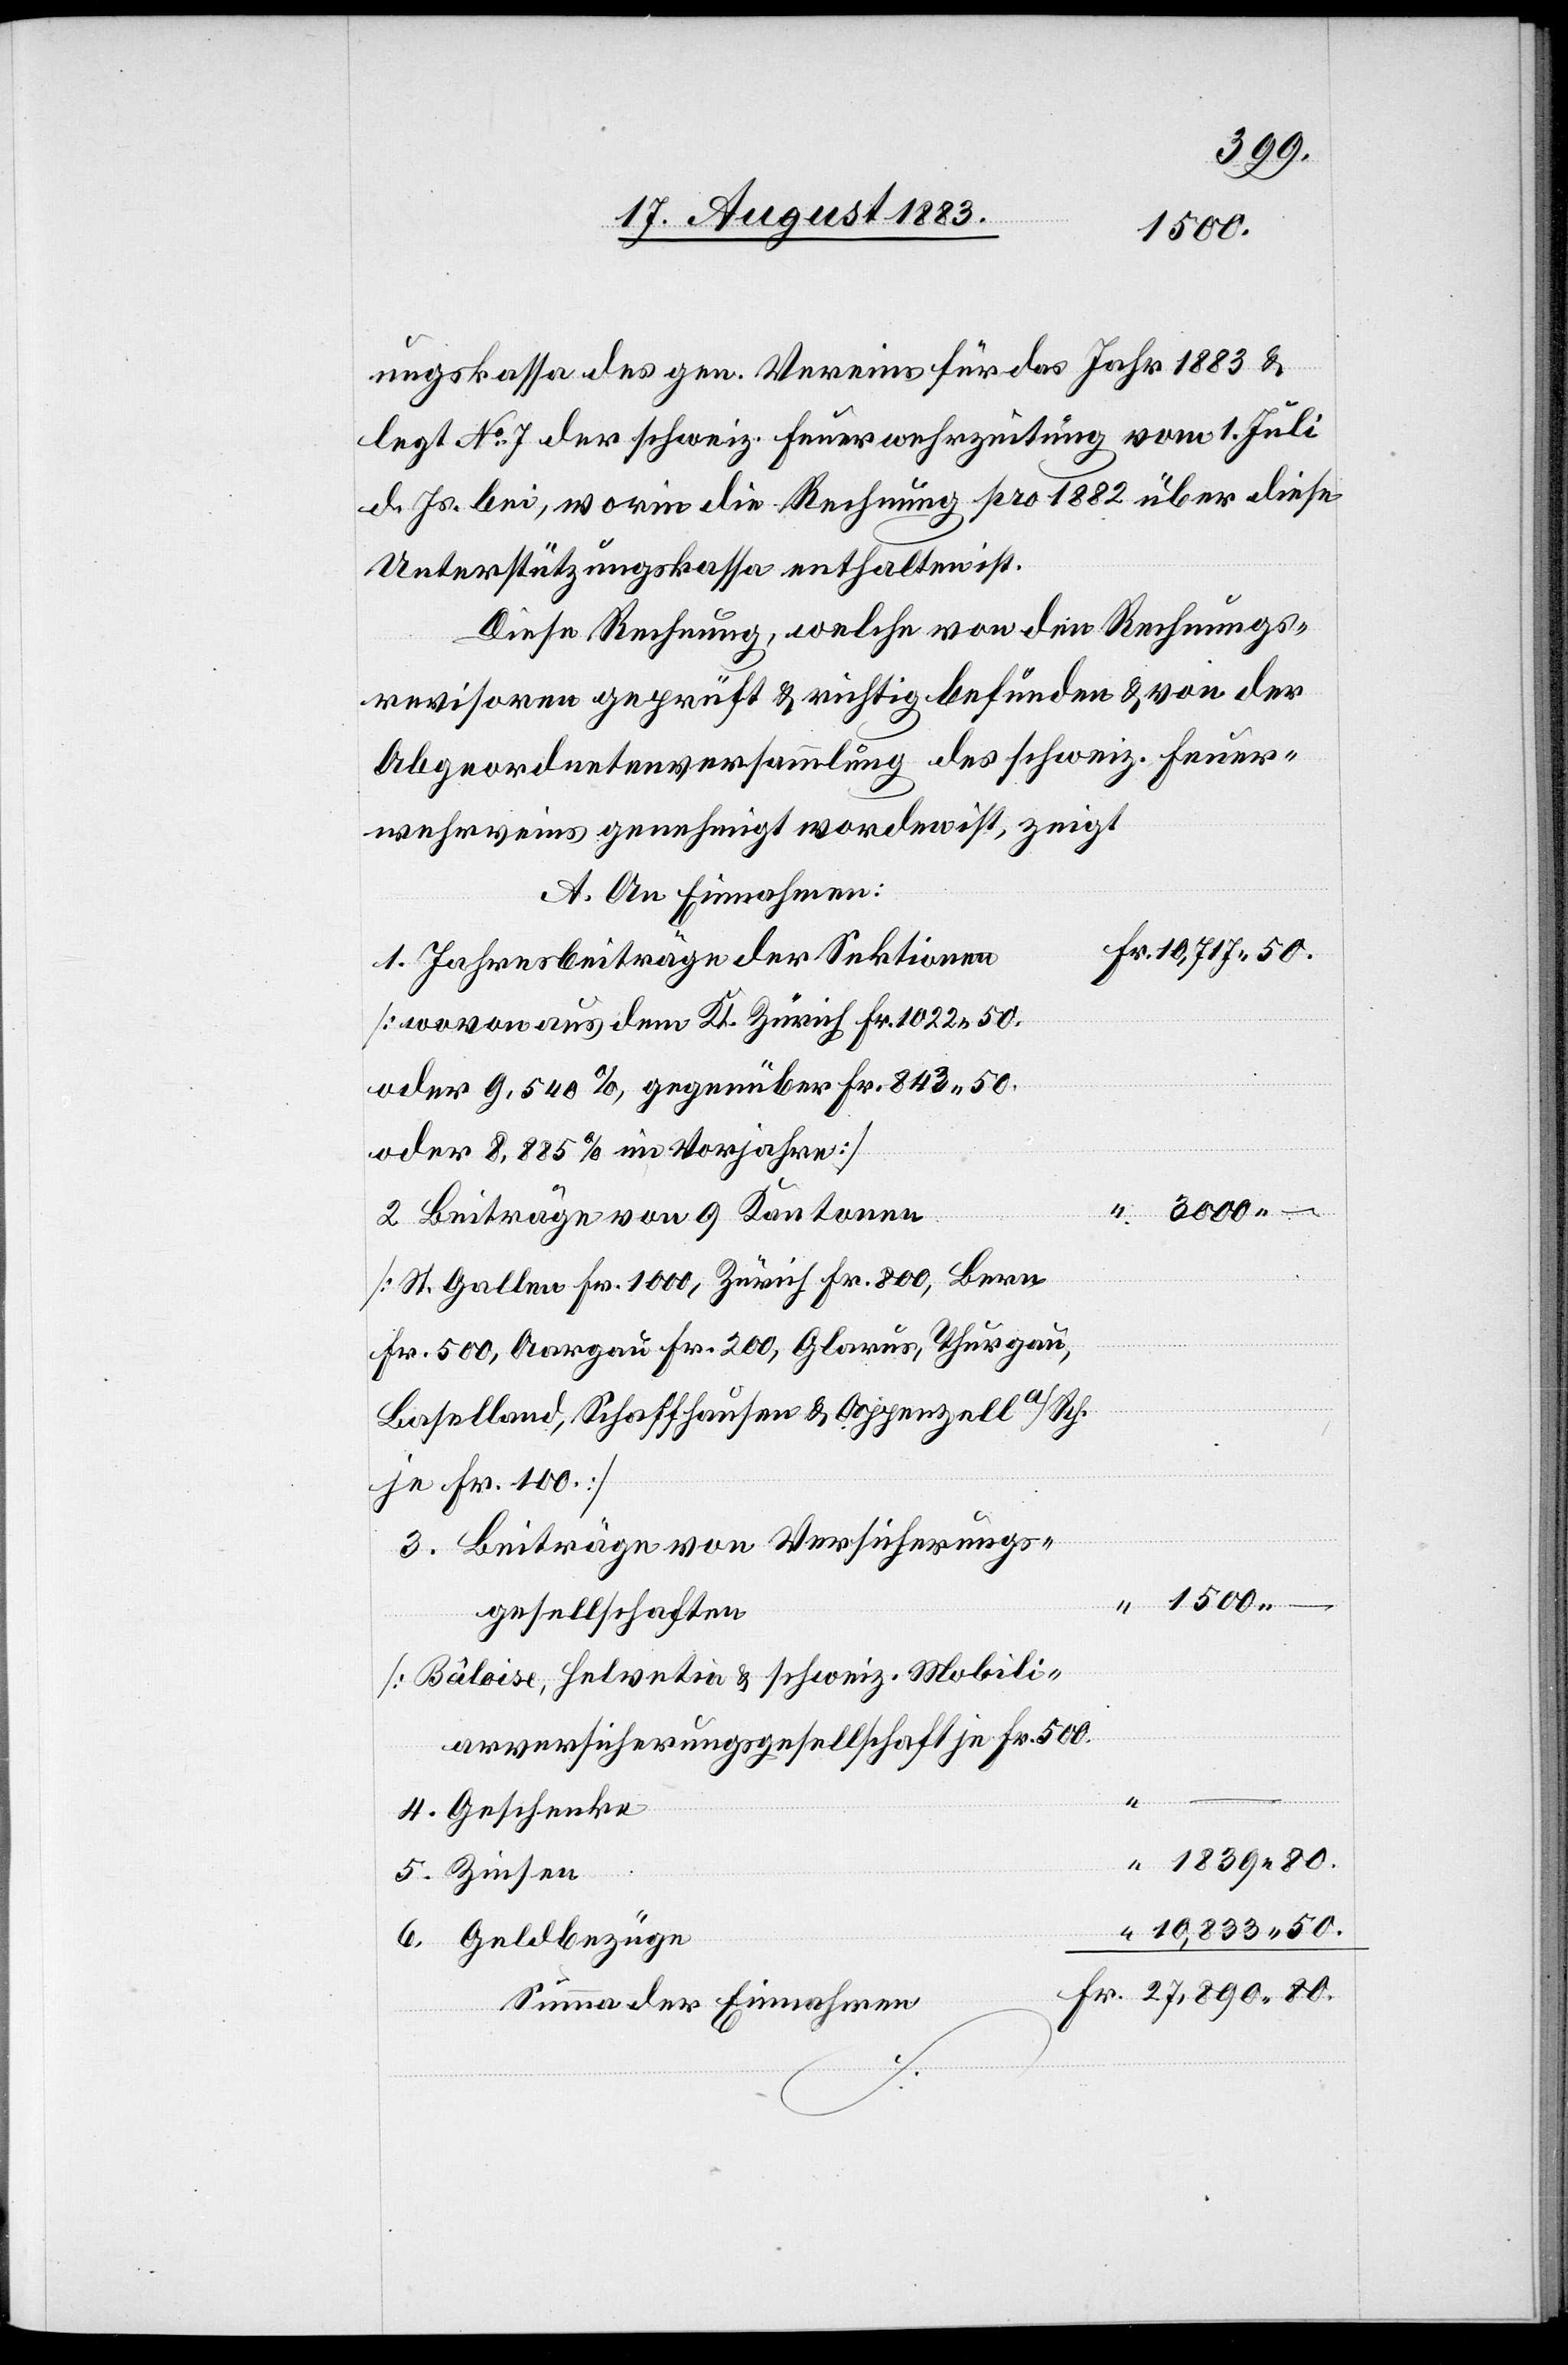
1500
ungskasse des gen. Vereins für das Jahr 1883 &
legt No 7 der schweiz. Feuerwehrzeitung vom 1. Juli
d. Js. bei, worin die Rechnung pro 1882 über diese
Unterstützungskasse enthalten ist.
Diese Rechnung, welche von den Rechnungs¬
revisoren geprüft & richtig befunden & von der
Abgeordnetenversammlung des schweiz. Feuer¬
wehrveins [sic!] genehmigt worden ist, zeigt
A. Einnahmen:
1. Jahresbeiträge der Sektionen
[wovon aus dem Kt. Zürich Fr. 1022 50.
oder 9,540%, gegenüber Fr. 843 50.
oder 8,55% im Vorjahre]
2. Beiträge von 9 Kantonen
[St. Gallen Fr. 100, Zürich Fr. 800, Bern
Fr. 500, Aargau Fr. 200, Glarus, Thurgau,
Baselland, Schaffhausen & Appenzell a/Rh.
je Fr. 100
3. Beiträge von Versicherungs¬
gesellschaften
[Bâloise, Helvetia, & schweiz. Mobili¬
arversicherungsgesellschaft je Fr. 500]
–
4. Geschenke
5. Zinsen
6. Geldbezüge
Summa der Einnahmen

80.